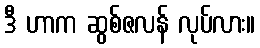
ဒီ ဟာက ဆွစ်ဇလန် လုပ်လား။